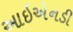
આઇએનડી